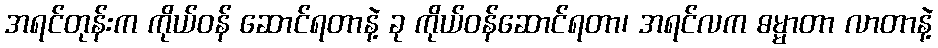
အရင်တုန်းက ကိုယ်ဝန် ဆောင်ရတာနဲ့ ခု ကိုယ်ဝန်ဆောင်ရတာ၊ အရင်လက ဓမ္မာတာ လာတာနဲ့